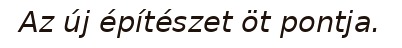
Az új építészet öt pontja.